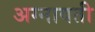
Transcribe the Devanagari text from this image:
अग्नावती